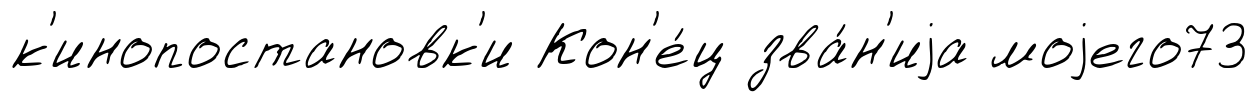
к'инопостановк'и Кон'е́ц зва́н'иjа моjего73